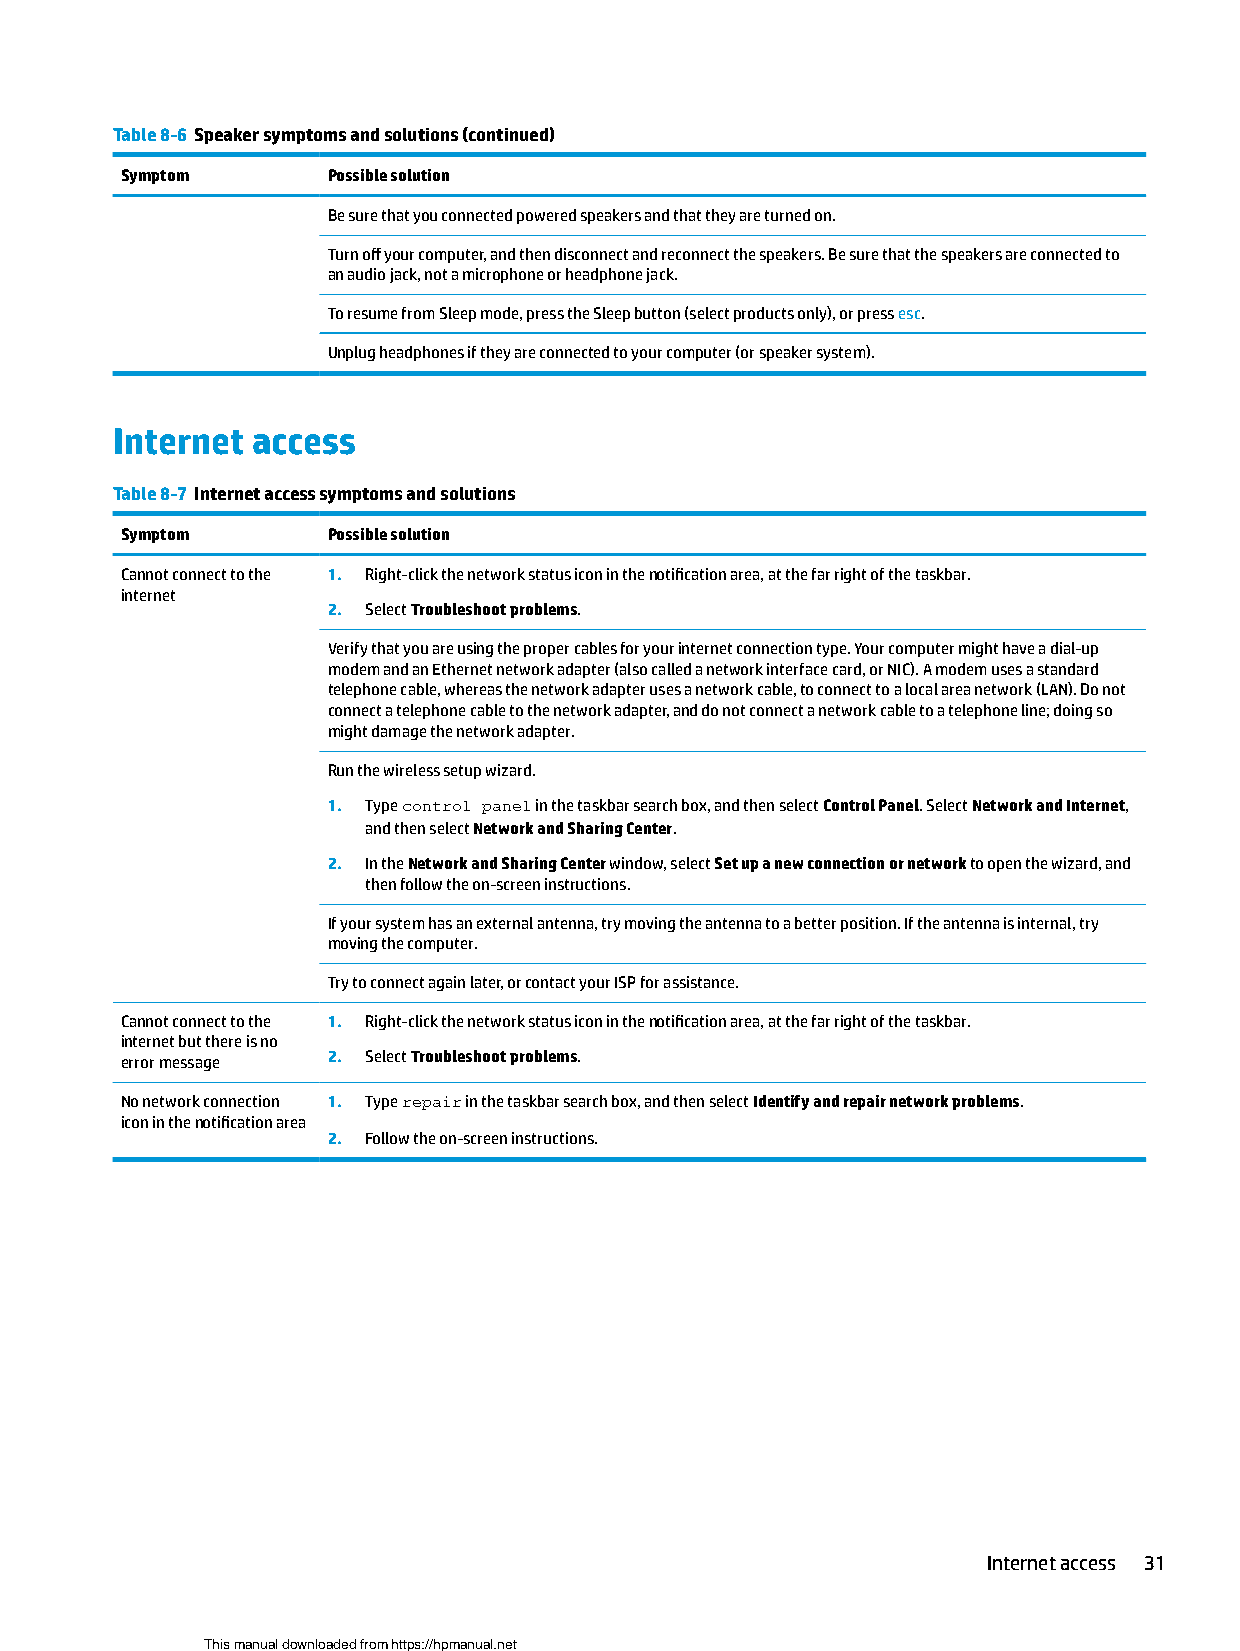
Table 8-6 Speaker symptoms and solutions (continued)
 Symptom       Possible solution
 Be sure that you connected powered speakers and that they are turned on.
 Turn off your computer, and then disconnect and reconnect the speakers. Be sure that the speakers are connected to
 an audio jack, not a microphone or headphone jack.
 To resume from Sleep mode, press the Sleep button (select products only), or press esc.
 Unplug headphones if they are connected to your computer (or speaker system).
 Internet  access
 Table 8-7 Internet access symptoms and solutions
 Symptom       Possible solution
 Cannot connect to the 1. Right-click the network status icon in the notification area, at the far right of the taskbar.
 internet
 2. Select Troubleshoot problems.
 Verify that you are using the proper cables for your internet connection type. Your computer might have a dial-up
 modem and an Ethernet network adapter (also called a network interface card, or NIC). A modem uses a standard
 telephone cable, whereas the network adapter uses a network cable, to connect to a local area network (LAN). Do not
 connect a telephone cable to the network adapter, and do not connect a network cable to a telephone line; doing so
 might damage the network adapter.
 Run the wireless setup wizard.
 1. Type control panel in the taskbar search box, and then select Control Panel. Select Network and Internet,
 and then select Network and Sharing Center.
 2. In the Network and Sharing Center window, select Set up a new connection or network to open the wizard, and
 then follow the on-screen instructions.
 If your system has an external antenna, try moving the antenna to a better position. If the antenna is internal, try
 moving the computer.
 Try to connect again later, or contact your ISP for assistance.
 Cannot connect to the 1. Right-click the network status icon in the notification area, at the far right of the taskbar.
 internet but there is no
 error message 2. Select Troubleshoot problems.
 No network connection 1. Type repair in the taskbar search box, and then select Identify and repair network problems.
 icon in the notification area
 2. Follow the on-screen instructions.
 Internet access 31
 This manual downloaded from https://hpmanual.net